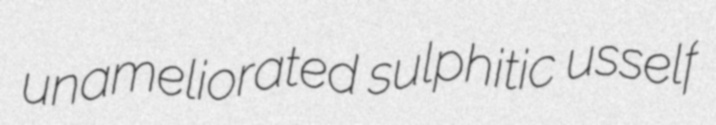
unameliorated sulphitic usself